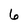
Character: 6